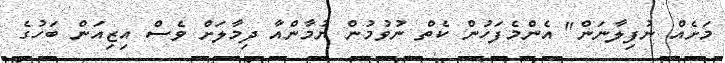
މަށެއް ނުފިލާނަން" އެންމެފަހުން ކެތް ނުވުމުން ޔުމާންއާ ދިމާލަށް ވެސް އިޒިއަން ބަހުގެ